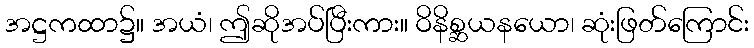
အဋ္ဌကထာ၌။ အယံ၊ ဤဆိုအပ်ပြီးကား။ ဝိနိစ္ဆယနယော၊ ဆုံးဖြတ်ကြောင်း